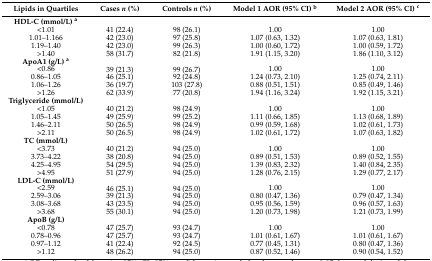
<table><thead><tr><td><b>Lipids in Quartiles</b></td><td><b>Cases <i>n</i> (%)</b></td><td><b>Controls <i>n</i> (%)</b></td><td><b>Model 1 AOR (95% CI) <sup>b</sup></b></td><td><b>Model 2 AOR (95% CI) <sup>c</sup></b></td></tr></thead><tbody><tr><td><b>HDL-C (mmol/L) <sup>a</sup></b></td><td></td><td></td><td></td><td></td></tr><tr><td>&lt;1.01</td><td>41 (22.4)</td><td>98 (26.1)</td><td>1.00</td><td>1.00</td></tr><tr><td>1.01–1.166</td><td>42 (23.0)</td><td>97 (25.8)</td><td>1.07 (0.63, 1.32)</td><td>1.07 (0.63, 1.81)</td></tr><tr><td>1.19–1.40</td><td>42 (23.0)</td><td>99 (26.3)</td><td>1.00 (0.60, 1.72)</td><td>1.00 (0.59, 1.72)</td></tr><tr><td>&gt;1.40</td><td>58 (31.7)</td><td>82 (21.8)</td><td>1.91 (1.15, 3.20)</td><td>1.86 (1.10, 3.12)</td></tr><tr><td><b>ApoA1 (g/L) <sup>a</sup></b></td><td></td><td></td><td></td><td></td></tr><tr><td>&lt;0.86</td><td>39 (21.3)</td><td>99 (26.7)</td><td>1.00</td><td>1.00</td></tr><tr><td>0.86–1.05</td><td>46 (25.1)</td><td>92 (24.8)</td><td>1.24 (0.73, 2.10)</td><td>1.25 (0.74, 2.11)</td></tr><tr><td>1.06–1.26</td><td>36 (19.7)</td><td>103 (27.8)</td><td>0.88 (0.51, 1.51)</td><td>0.85 (0.49, 1.46)</td></tr><tr><td>&gt;1.26</td><td>62 (33.9)</td><td>77 (20.8)</td><td>1.94 (1.16, 3.24)</td><td>1.92 (1.15, 3.21)</td></tr><tr><td><b>Triglyceride (mmol/L)</b></td><td></td><td></td><td></td><td></td></tr><tr><td>&lt;1.05</td><td>40 (21.2)</td><td>98 (24.9)</td><td>1.00</td><td>1.00</td></tr><tr><td>1.05–1.45</td><td>49 (25.9)</td><td>99 (25.2)</td><td>1.11 (0.66, 1.85)</td><td>1.13 (0.68, 1.89)</td></tr><tr><td>1.46–2.11</td><td>50 (26.5)</td><td>98 (24.9)</td><td>0.99 (0.59, 1.68)</td><td>1.02 (0.61, 1.73)</td></tr><tr><td>&gt;2.11</td><td>50 (26.5)</td><td>98 (24.9)</td><td>1.02 (0.61, 1.72)</td><td>1.07 (0.63, 1.82)</td></tr><tr><td><b>TC (mmol/L)</b></td><td></td><td></td><td></td><td></td></tr><tr><td>&lt;3.73</td><td>40 (21.2)</td><td>94 (25.0)</td><td>1.00</td><td>1.00</td></tr><tr><td>3.73–4.22</td><td>38 (20.8)</td><td>94 (25.0)</td><td>0.89 (0.51, 1.53)</td><td>0.89 (0.52, 1.55)</td></tr><tr><td>4.25–4.95</td><td>54 (29.5)</td><td>94 (25.0)</td><td>1.39 (0.83, 2.32)</td><td>1.40 (0.84, 2.35)</td></tr><tr><td>&gt;4.95</td><td>51 (27.9)</td><td>94 (25.0)</td><td>1.28 (0.76, 2.15)</td><td>1.29 (0.77, 2.17)</td></tr><tr><td><b>LDL-C (mmol/L)</b></td><td></td><td></td><td></td><td></td></tr><tr><td>&lt;2.59</td><td>46 (25.1)</td><td>94 (25.0)</td><td>1.00</td><td>1.00</td></tr><tr><td>2.59–3.06</td><td>39 (21.3)</td><td>94 (25.0)</td><td>0.80 (0.47, 1.36)</td><td>0.79 (0.47, 1.34)</td></tr><tr><td>3.08–3.68</td><td>43 (23.5)</td><td>94 (25.0)</td><td>0.95 (0.56, 1.59)</td><td>0.96 (0.57, 1.63)</td></tr><tr><td>&gt;3.68</td><td>55 (30.1)</td><td>94 (25.0)</td><td>1.20 (0.73, 1.98)</td><td>1.21 (0.73, 1.99)</td></tr><tr><td><b>ApoB (g/L)</b></td><td></td><td></td><td></td><td></td></tr><tr><td>&lt;0.78</td><td>47 (25.7)</td><td>93 (24.7)</td><td>1.00</td><td>1.00</td></tr><tr><td>0.78–0.96</td><td>47 (25.7)</td><td>93 (24.7)</td><td>1.01 (0.61, 1.67)</td><td>1.01 (0.61, 1.67)</td></tr><tr><td>0.97–1.12</td><td>41 (22.4)</td><td>92 (24.5)</td><td>0.77 (0.45, 1.31)</td><td>0.80 (0.47, 1.36)</td></tr><tr><td>&gt;1.12</td><td>48 (26.2)</td><td>94 (25.0)</td><td>0.87 (0.52, 1.46)</td><td>0.90 (0.54, 1.52)</td></tr></tbody></table>